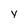
Character: Y